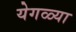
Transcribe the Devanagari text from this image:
येगळ्या